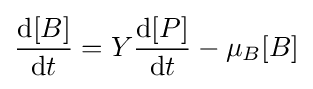
{\frac {{\text{d}}[B]}{{\text{d}}t}}=Y{\frac {{\text{d}}[P]}{{\text{d}}t}}-\mu _{B}[B]